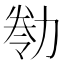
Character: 𠢁